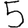
Digit: 5